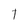
Character: t